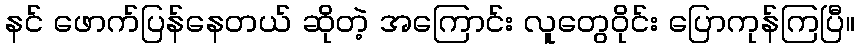
နင် ဖောက်ပြန်နေတယ် ဆိုတဲ့ အကြောင်း လူတွေဝိုင်း ပြောကုန်ကြပြီ။